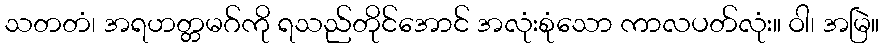
သတတံ၊ အရဟတ္တမဂ်ကို ရသည်တိုင်အောင် အလုံးစုံသော ကာလပတ်လုံး။ ဝါ၊ အမြဲ။